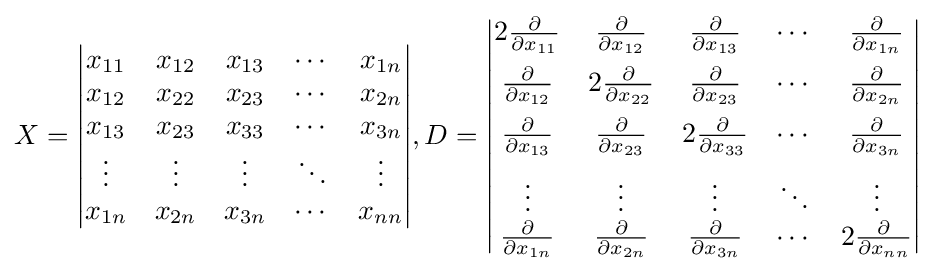
X={\begin{vmatrix}x_{11}&x_{12}&x_{13}&\cdots &x_{1n}\\x_{12}&x_{22}&x_{23}&\cdots &x_{2n}\\x_{13}&x_{23}&x_{33}&\cdots &x_{3n}\\\vdots &\vdots &\vdots &\ddots &\vdots \\x_{1n}&x_{2n}&x_{3n}&\cdots &x_{nn}\end{vmatrix}},D={\begin{vmatrix}2{\frac {\partial }{\partial x_{11}}}&{\frac {\partial }{\partial x_{12}}}&{\frac {\partial }{\partial x_{13}}}&\cdots &{\frac {\partial }{\partial x_{1n}}}\\[6pt]{\frac {\partial }{\partial x_{12}}}&2{\frac {\partial }{\partial x_{22}}}&{\frac {\partial }{\partial x_{23}}}&\cdots &{\frac {\partial }{\partial x_{2n}}}\\[6pt]{\frac {\partial }{\partial x_{13}}}&{\frac {\partial }{\partial x_{23}}}&2{\frac {\partial }{\partial x_{33}}}&\cdots &{\frac {\partial }{\partial x_{3n}}}\\[6pt]\vdots &\vdots &\vdots &\ddots &\vdots \\{\frac {\partial }{\partial x_{1n}}}&{\frac {\partial }{\partial x_{2n}}}&{\frac {\partial }{\partial x_{3n}}}&\cdots &2{\frac {\partial }{\partial x_{nn}}}\end{vmatrix}}